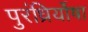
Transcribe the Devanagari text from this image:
पुरंध्रिर्योषा